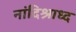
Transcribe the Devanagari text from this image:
नांदिश्राध्द